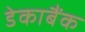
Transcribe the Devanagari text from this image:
डेकाबैंक